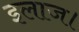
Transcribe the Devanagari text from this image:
इलाज।